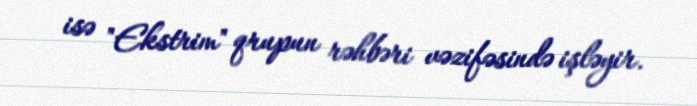
isə "Ekstrim" qrupun rəhbəri vəzifəsində işləyir.